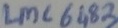
Text: LMC 6183